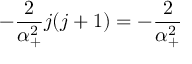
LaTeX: - \frac 2 { \alpha _ { + } ^ { 2 } } j ( j + 1 ) = - \frac 2 { \alpha _ { + } ^ { 2 } }